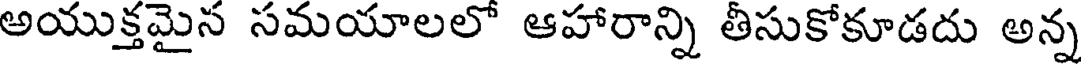
అయుక్తమైన సమయాలలో ఆహారాన్ని తీసుకోకూడదు అన్న